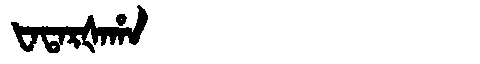
Manchu: ᡶᠠᡨᠠᡵᡧᠠᡥᠠ
Romanization: FATARŠAHA